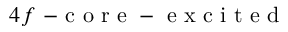
4 f \mathrm { ~ - ~ c ~ o ~ r ~ e ~ - ~ e ~ x ~ c ~ i ~ t ~ e ~ d ~ }